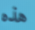
هذه